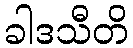
ခါဒသီတိ